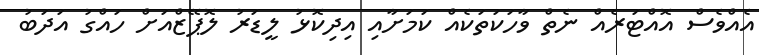
އެއްވެސް އޮއްޓަރެއް ނެތް ވާހަކަތަކެއް ކަމަށާއި އިދިކޮޅު ލީޑަރު ލޮޕޭޒްއަށް ހައްގު އަދަބު